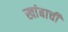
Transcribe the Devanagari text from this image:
खांबाची